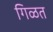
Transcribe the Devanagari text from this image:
गिळत